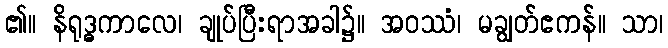
၏။ နိရုဒ္ဓကာလေ၊ ချုပ်ပြီးရာအခါ၌။ အဝဿံ၊ မချွတ်ဧကန်။ သာ၊